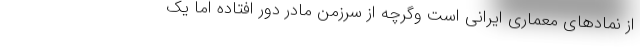
از نمادهای معماری ایرانی است وگرچه از سرزمن مادر دور افتاده اما یک